Report of the Bombay Veterinary College
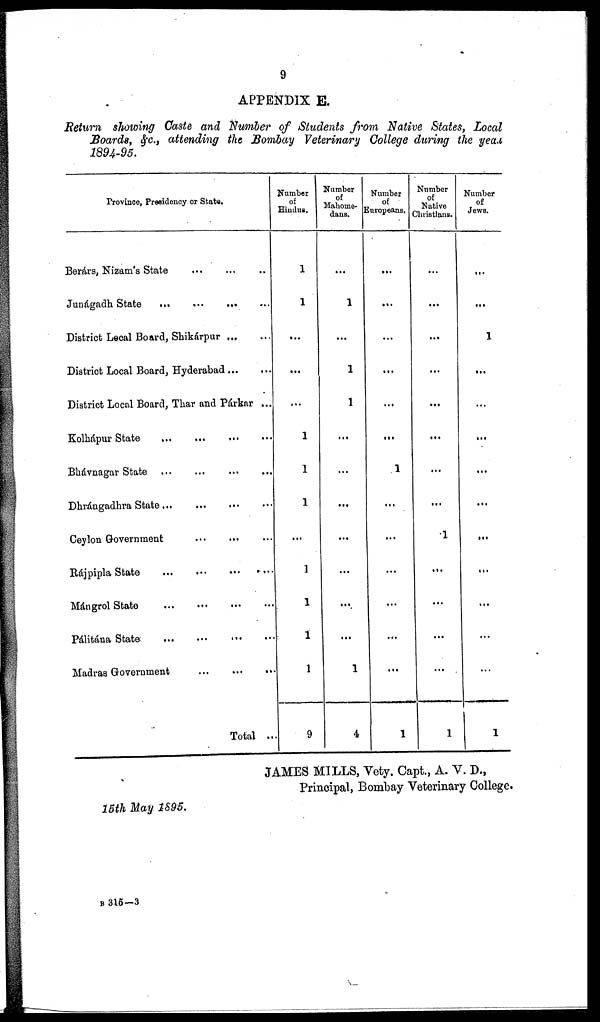
9
APPENDIX E.
Return showing Caste and Number of Students from Native States, Local
Boards, &c., attending the Bombay Veterinary College during the year
1894-95.
Province, Presidency or State.
Berárs, Nizam's State
...
...
...
Junágadh State
...
...
...
District Local Board, Shikárpur ...
District Local Board, Hyderabad... ...
District Local Board, Thar and Párkar ...
Kolhápur State ... ... ... ...
Bhávnagar State
...
...
...
...
Dhrángadhra State...
...
...
Ceylon Government
...
...
...
Rájpipla State
...
...
...
...
Mángrol State
...
...
...
...
Pálitána State
...
...
...
...
Madras Government
...
...
...
Total ...
Number
of
Hindus.
1
1
...
...
...
1
1
1
...
1
1
1
1
9
Number
of
Mahome-
dans.
...
1
...
1
1
...
...
...
...
...
...
...
1
4
Number
of
Europeans.
...
...
...
...
...
...
1
...
...
...
...
...
...
1
Number
of
Native
Christians.
...
...
...
...
...
...
...
...
1
...
...
...
...
1
Number
of
Jews.
...
...
1
...
...
...
...
...
...
...
...
...
...
1
JAMES MILLS, Vety. Capt., A. V. D.,
Principal, Bombay Veterinary College.
15th May 1895.
B 315-3